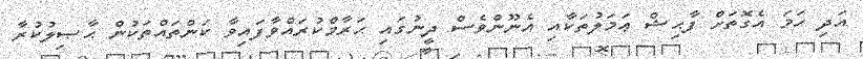
އަދި ހަމަ އެގޮތަށް ފާޙިޝް ޢަމަލުތަކާއި އެނޫންވެސް ދީނުގައި ޙަރާމްކުރައްވާފައިވާ ކަންތައްތަކުން ޙާޞިލުކުރާ